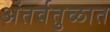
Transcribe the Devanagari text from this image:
अंतर्वतुळात